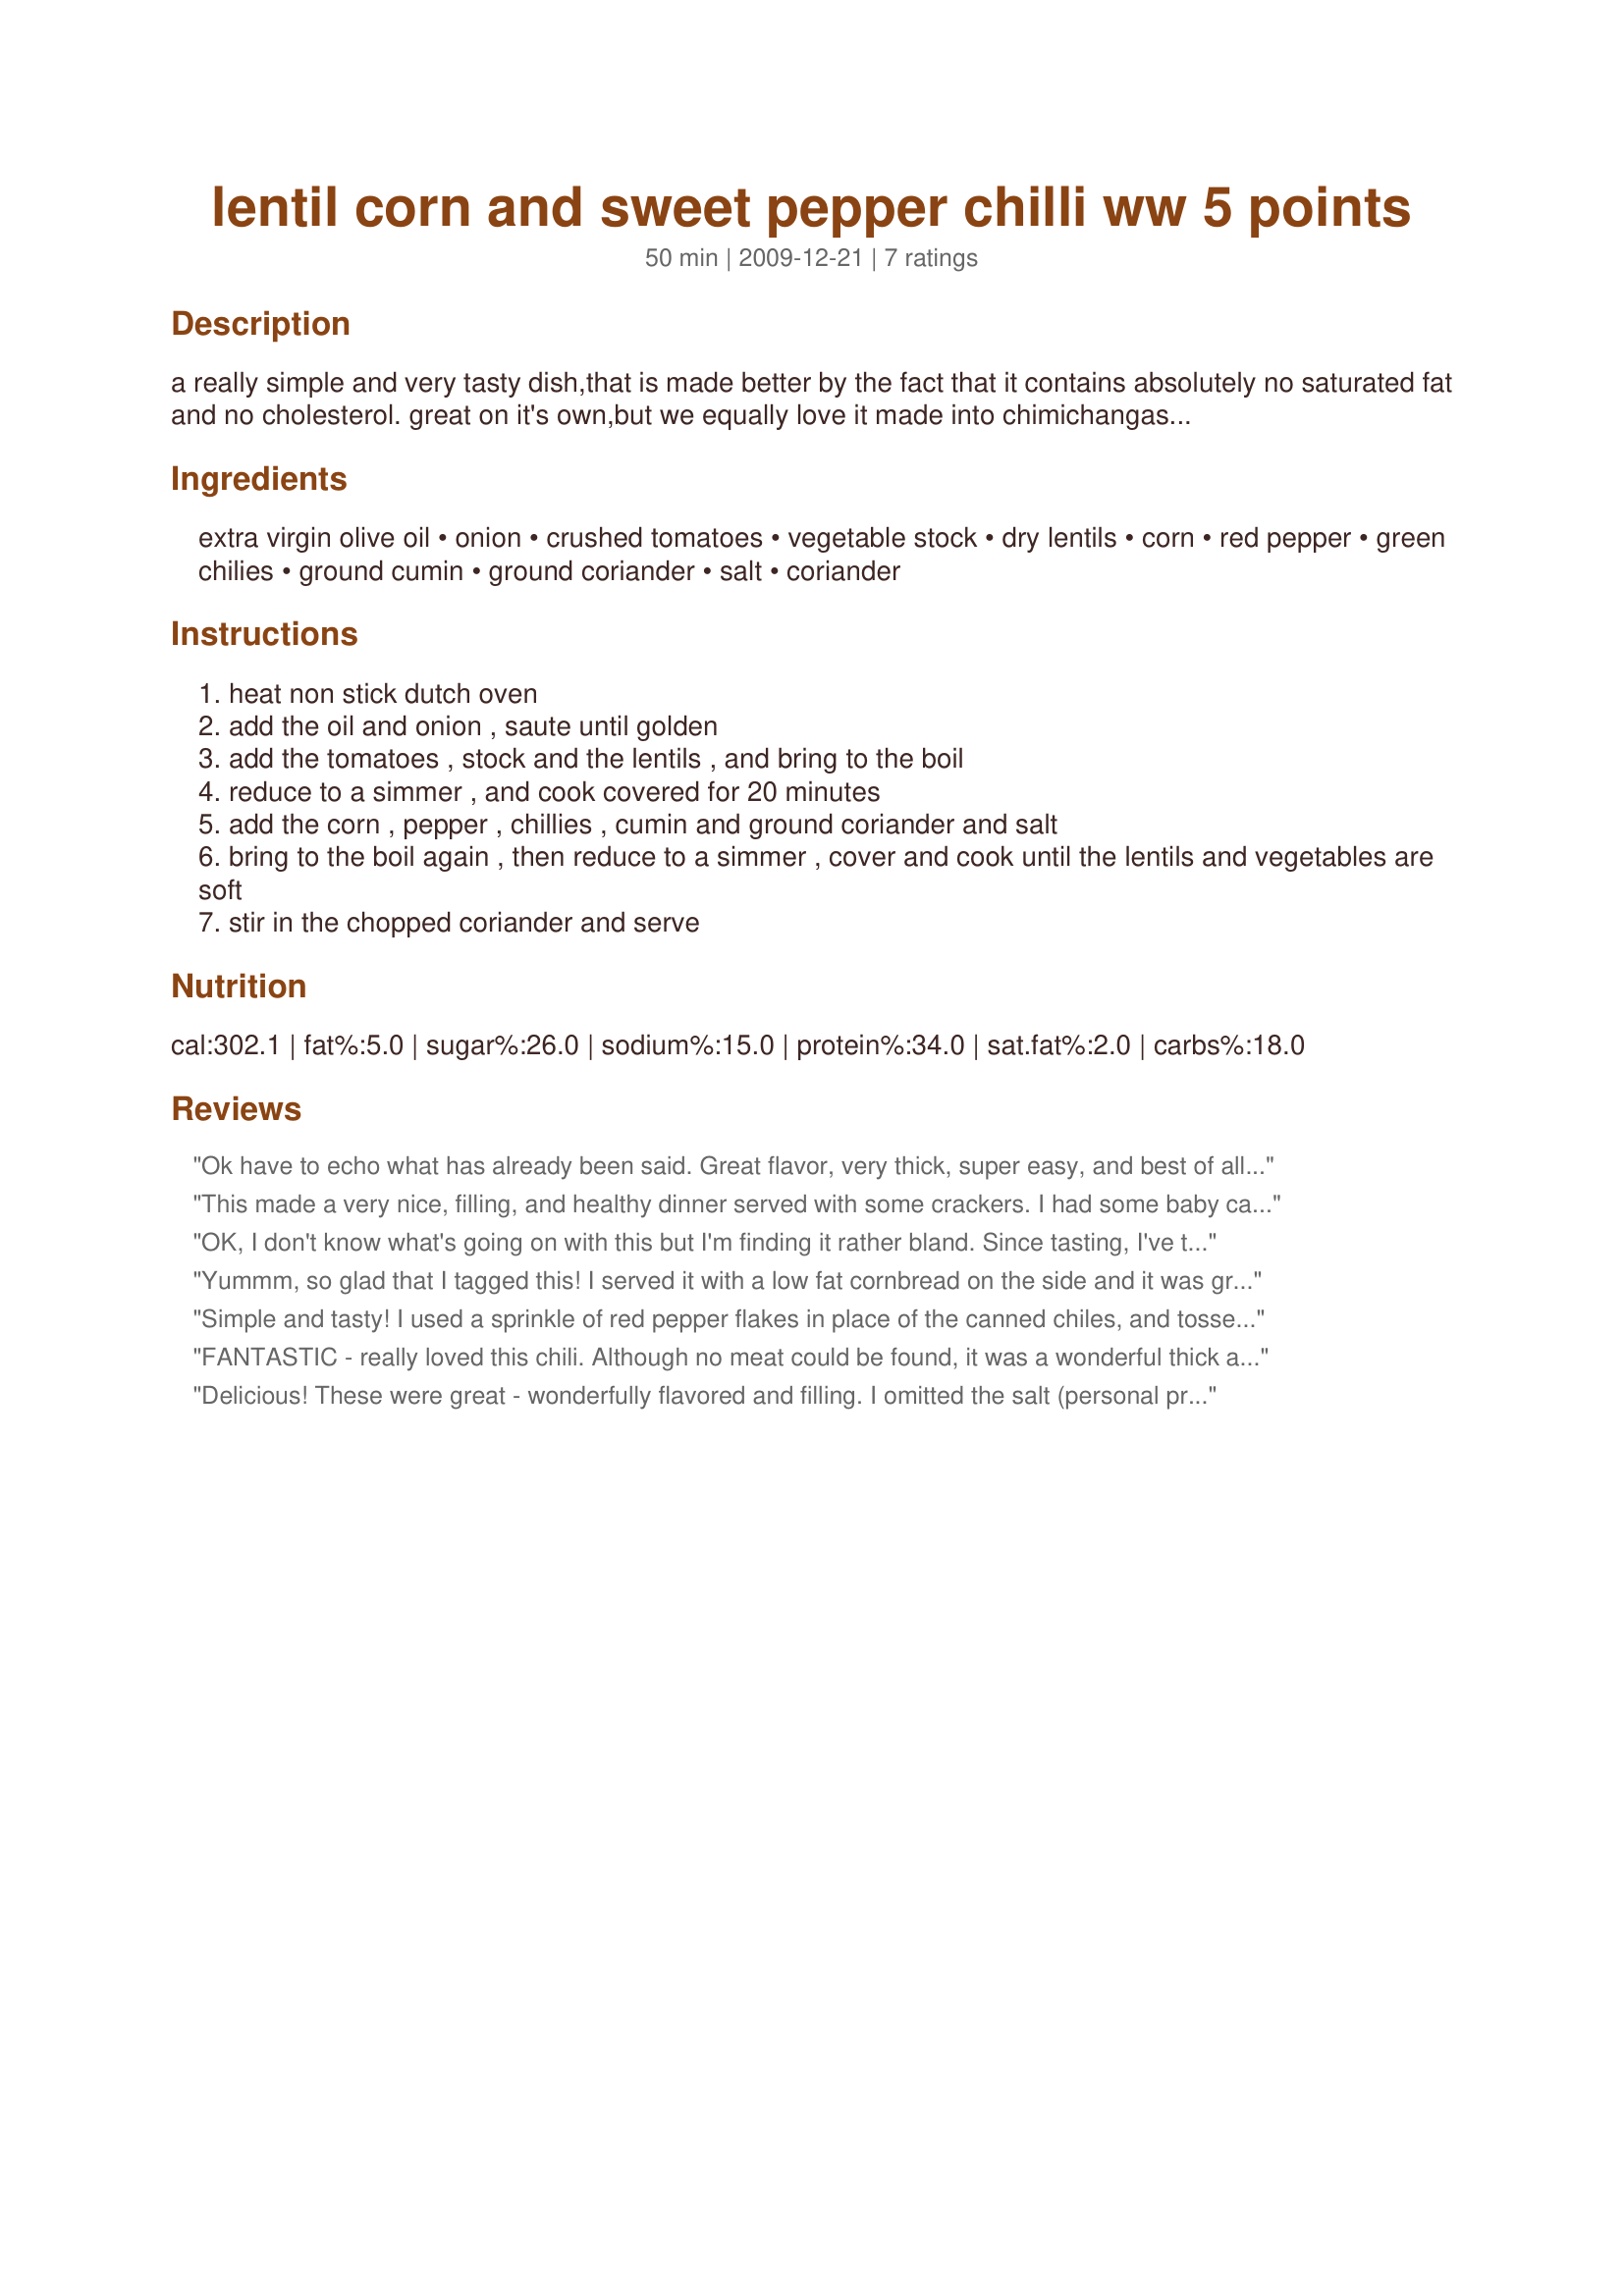
lentil corn and sweet pepper chilli ww 5 points
Preparation time: 50 minutes

a really simple and very tasty dish,that is made better by the fact that it contains absolutely no saturated fat and no cholesterol.
great on it's own,but we equally love it made into chimichangas (using low fat flour tortillas and low fat cheese of course!!).
a great vegetarian dish!!

Ingredients:
extra virgin olive oil, onion, crushed tomatoes, vegetable stock, dry lentils, corn, red pepper, green chilies, ground cumin, ground coriander, salt, coriander

Steps:
heat non stick dutch oven
add the oil and onion , saute until golden
add the tomatoes , stock and the lentils , and bring to the boil
reduce to a simmer , and cook covered for 20 minutes
add the corn , pepper , chillies , cumin and ground coriander and salt
bring to the boil again , then reduce to a simmer , cover and cook until the lentils and vegetables are soft
stir in the chopped coriander and serve

Reviews:
Ok have to echo what has already been said. Great flavor, very thick, super easy, and best of all no cholesterol. Also like how colorful this chili was with all the reds, yellows, and golden browns. A simple green salad made a great side for this tasty chili. Thanks for the post.
This made a very nice, filling, and healthy dinner served with some crackers. I had some baby carrots, so chopped them up and threw them in along with some garlic. I didn't have any cilantro on hand so used parsley. Used homemade veggie stock and fresh ground cumin. Yum! Thanks Noo. Made for Zaar Stars game.
OK, I don't know what's going on with this but I'm finding it rather bland. Since tasting, I've thrown in some red pepper flakes, garlic powder, chili powder and more salt but it still needs *something." Color-wise, I'm getting the brown, the red and the yellow but the green of the canned chilies just blended in with the browns. I think some green pepper would be nice too. I'm going to keeping adding some flavors until I get it "kicked up."
Yummm, so glad that I tagged this! I served it with a low fat cornbread on the side and it was great. What a delicious way to beat the chill winds of late fall and it healthy too! :D
Simple and tasty! I used a sprinkle of red pepper flakes in place of the canned chiles, and tossed in some mushrooms that just begged to be added with the peppers. This is great served with garlic toast or bruschetta. Thanks for posting!
FANTASTIC - really loved this chili. Although no meat could be found, it was a wonderful thick and comforting chili with a real Mexican flair. Noo is right, tortilla's would be a great accompaniment. I used the red lentils which gave a really pretty color and provided a nice contrast between the yellow corn and rest of the chili. Plan to make again!
Delicious! These were great - wonderfully flavored and filling. I omitted the salt (personal preference) and served with some low fat cheddar on top. Thanks for sharing!
